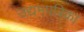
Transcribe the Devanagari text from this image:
उद्यमपत्रिका